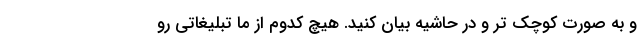
و به صورت کوچک تر و در حاشیه بیان کنید. هیچ کدوم از ما تبلیغاتی رو